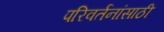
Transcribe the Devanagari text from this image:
परिवर्तनांसाठी